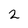
Character: 2